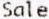
SALE